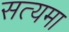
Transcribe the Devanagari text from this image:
सत्यमा